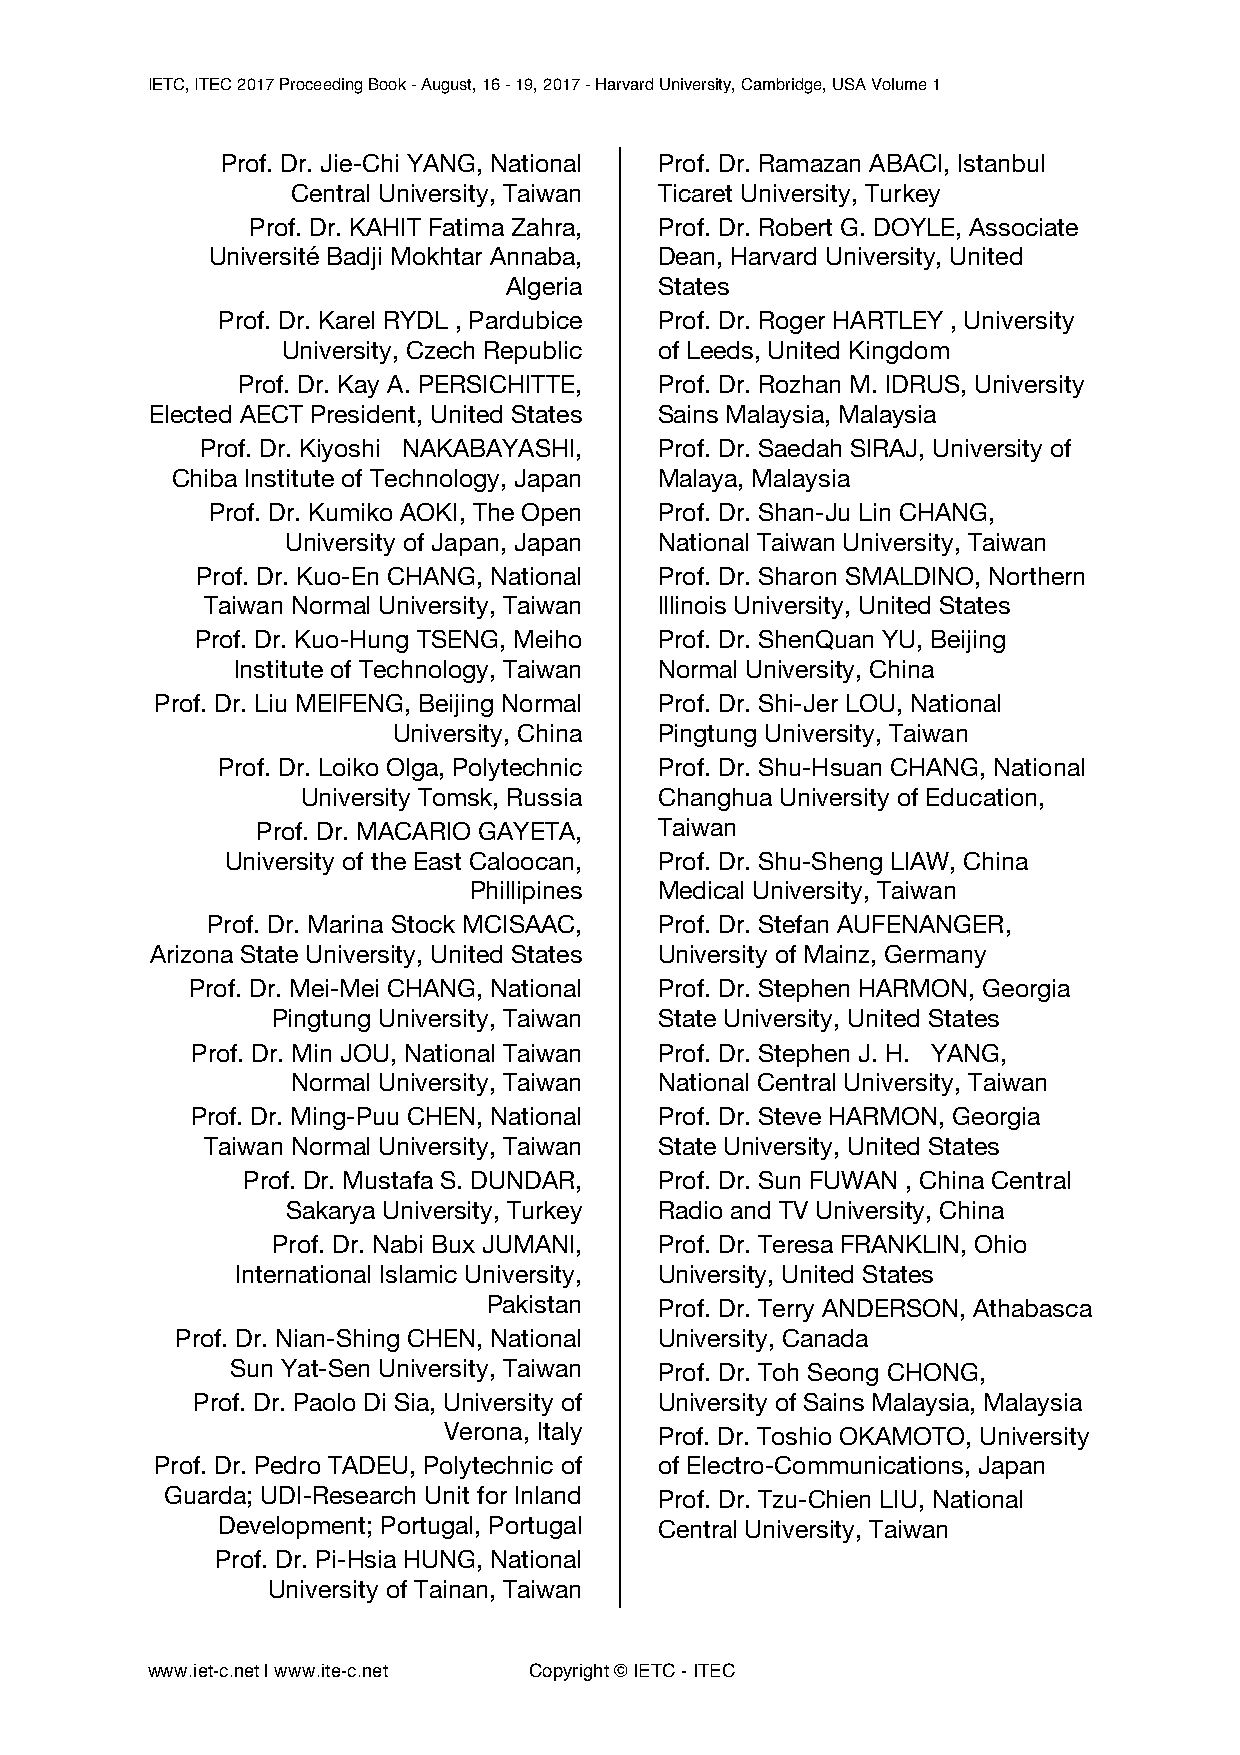
IETC, ITEC 2017 Proceeding Book - August, 16 - 19, 2017 - Harvard University, Cambridge, USA Volume 1
 Prof. Dr. Jie-Chi YANG, National Prof. Dr. Ramazan ABACI, Istanbul
 Central University, Taiwan Ticaret University, Turkey
 Prof. Dr. KAHIT Fatima Zahra, Prof. Dr. Robert G. DOYLE, Associate
 Université Badji Mokhtar Annaba, Dean, Harvard University, United
 Algeria    States
 Prof. Dr. Karel RYDL , Pardubice Prof. Dr. Roger HARTLEY , University
 University, Czech Republic of Leeds, United Kingdom
 Prof. Dr. Kay A. PERSICHITTE, Prof. Dr. Rozhan M. IDRUS, University
 Elected AECT President, United States Sains Malaysia, Malaysia
 Prof. Dr. Kiyoshi NAKABAYASHI, Prof. Dr. Saedah SIRAJ, University of
 Chiba Institute of Technology, Japan Malaya, Malaysia
 Prof. Dr. Kumiko AOKI, The Open Prof. Dr. Shan-Ju Lin CHANG,
 University of Japan, Japan National Taiwan University, Taiwan
 Prof. Dr. Kuo-En CHANG, National Prof. Dr. Sharon SMALDINO, Northern
 Taiwan Normal University, Taiwan Illinois University, United States
 Prof. Dr. Kuo-Hung TSENG, Meiho Prof. Dr. ShenQuan YU, Beijing
 Institute of Technology, Taiwan Normal University, China
 Prof. Dr. Liu MEIFENG, Beijing Normal Prof. Dr. Shi-Jer LOU, National
 University, China Pingtung University, Taiwan
 Prof. Dr. Loiko Olga, Polytechnic Prof. Dr. Shu-Hsuan CHANG, National
 University Tomsk, Russia Changhua University of Education,
 Prof. Dr. MACARIO GAYETA,  Taiwan
 University of the East Caloocan, Prof. Dr. Shu-Sheng LIAW, China
 Phillipines  Medical University, Taiwan
 Prof. Dr. Marina Stock MCISAAC, Prof. Dr. Stefan AUFENANGER,
 Arizona State University, United States University of Mainz, Germany
 Prof. Dr. Mei-Mei CHANG, National Prof. Dr. Stephen HARMON, Georgia
 Pingtung University, Taiwan State University, United States
 Prof. Dr. Min JOU, National Taiwan Prof. Dr. Stephen J. H. YANG,
 Normal University, Taiwan National Central University, Taiwan
 Prof. Dr. Ming-Puu CHEN, National Prof. Dr. Steve HARMON, Georgia
 Taiwan Normal University, Taiwan State University, United States
 Prof. Dr. Mustafa S. DUNDAR, Prof. Dr. Sun FUWAN , China Central
 Sakarya University, Turkey Radio and TV University, China
 Prof. Dr. Nabi Bux JUMANI, Prof. Dr. Teresa FRANKLIN, Ohio
 International Islamic University, University, United States
 Pakistan    Prof. Dr. Terry ANDERSON, Athabasca
 Prof. Dr. Nian-Shing CHEN, National University, Canada
 Sun Yat-Sen University, Taiwan Prof. Dr. Toh Seong CHONG,
 Prof. Dr. Paolo Di Sia, University of University of Sains Malaysia, Malaysia
 Verona, Italy  Prof. Dr. Toshio OKAMOTO, University
 Prof. Dr. Pedro TADEU, Polytechnic of of Electro-Communications, Japan
 Guarda; UDI-Research Unit for Inland Prof. Dr. Tzu-Chien LIU, National
 Development; Portugal, Portugal Central University, Taiwan
 Prof. Dr. Pi-Hsia HUNG, National
 University of Tainan, Taiwan
 www.iet-c.net | www.ite-c.net Copyright © IETC - ITEC